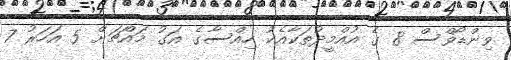
ވިންޑޯވްސް 8 ގެ އުއްމީދުތަކާއެކު ހިއްސާގެ އަގު މައްޗަށް 5 އަހަރު 7